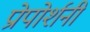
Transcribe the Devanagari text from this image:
प्रोपोर्शनी